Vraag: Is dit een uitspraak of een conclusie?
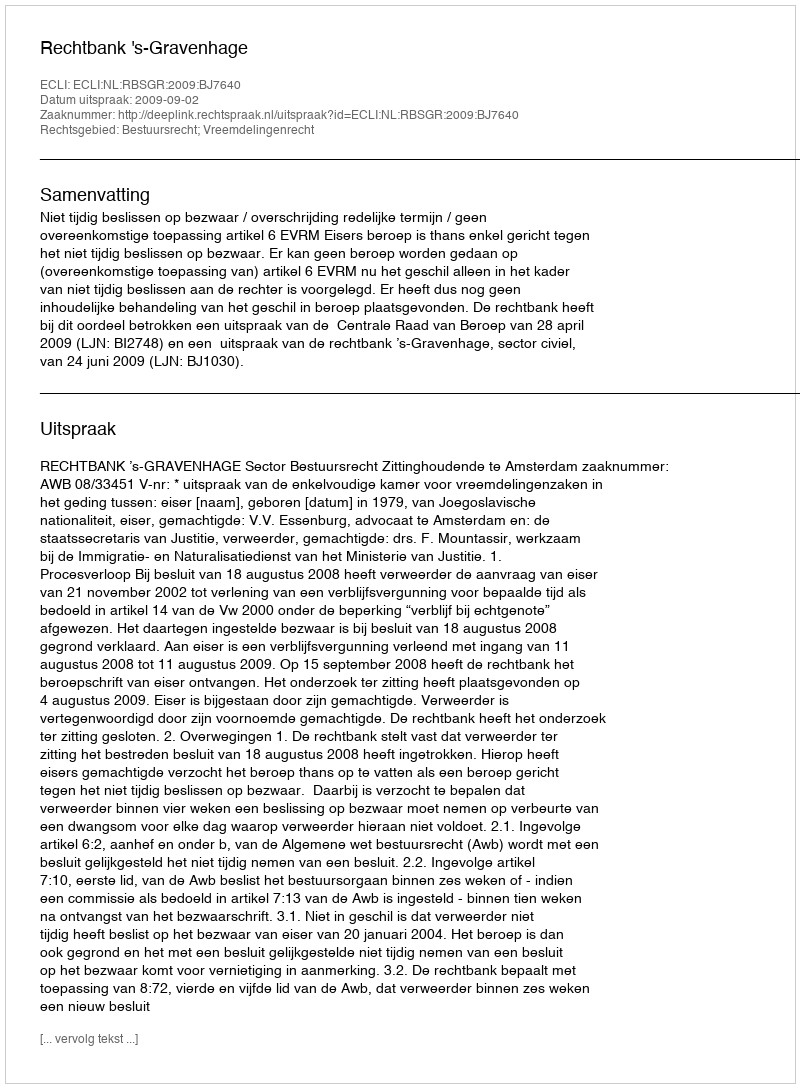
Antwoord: Uitspraak